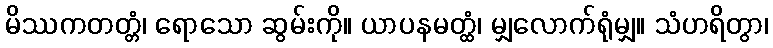
မိဿကတတ္တံ၊ ရောသော ဆွမ်းကို။ ယာပနမတ္ထံ၊ မျှလောက်ရုံမျှ။ သံဟရိတွာ၊